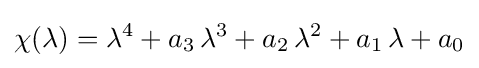
\chi (\lambda )=\lambda ^{4}+a_{3}\,\lambda ^{3}+a_{2}\,\lambda ^{2}+a_{1}\,\lambda +a_{0}